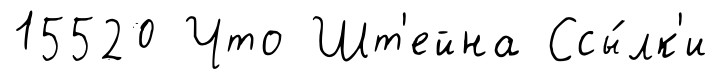
15520 Что Шт'ейна Ссы́лк'и